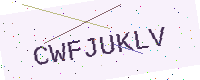
Text: CWFJUKLV